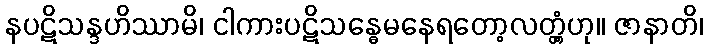
နပဋိသန္ဒဟိဿာမိ၊ ငါကားပဋိသန္ဓေမနေရတော့လတ္တံ့ဟု။ ဇာနာတိ၊